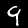
Label: 9